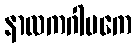
နာလကဂါမကေ